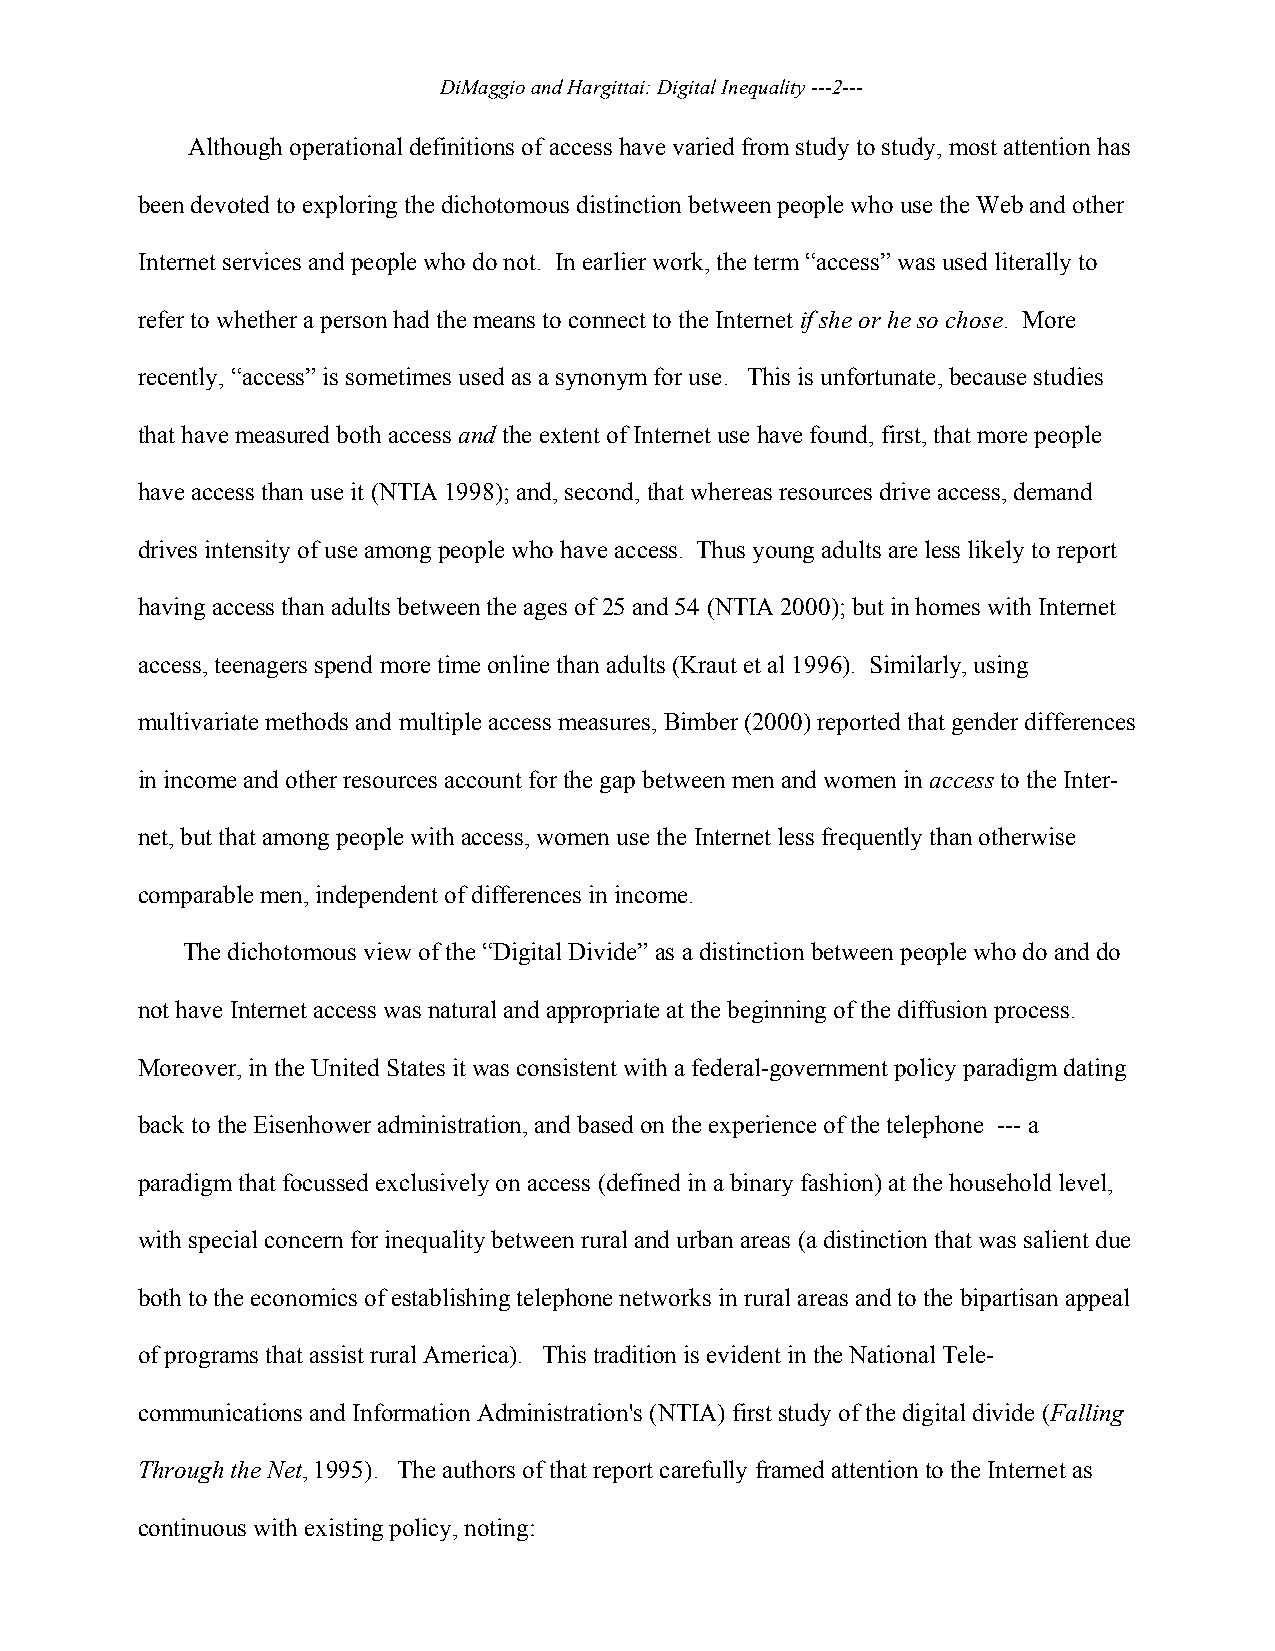
DiMaggio and Hargittai: Digital Inequality ---2---
 Although operational definitions of access have varied from study to study, most attention has
 been devoted to exploring the dichotomous distinction between people who use the Web and other
 Internet services and people who do not. In earlier work, the term “access” was used literally to
 refer to whether a person had the means to connect to the Internet if she or he so chose. More
 recently, “access” is sometimes used as a synonym for use. This is unfortunate, because studies
 that have measured both access and the extent of Internet use have found, first, that more people
 have access than use it (NTIA 1998); and, second, that whereas resources drive access, demand
 drives intensity of use among people who have access. Thus young adults are less likely to report
 having access than adults between the ages of 25 and 54 (NTIA 2000); but in homes with Internet
 access, teenagers spend more time online than adults (Kraut et al 1996). Similarly, using
 multivariate methods and multiple access measures, Bimber (2000) reported that gender differences
 in income and other resources account for the gap between men and women in access to the Inter-
 net, but that among people with access, women use the Internet less frequently than otherwise
 comparable men, independent of differences in income.
 The dichotomous view of the “Digital Divide” as a distinction between people who do and do
 not have Internet access was natural and appropriate at the beginning of the diffusion process.
 Moreover, in the United States it was consistent with a federal-government policy paradigm dating
 back to the Eisenhower administration, and based on the experience of the telephone --- a
 paradigm that focussed exclusively on access (defined in a binary fashion) at the household level,
 with special concern for inequality between rural and urban areas (a distinction that was salient due
 both to the economics of establishing telephone networks in rural areas and to the bipartisan appeal
 of programs that assist rural America). This tradition is evident in the National Tele-
 communications and Information Administration's (NTIA) first study of the digital divide (Falling
 Through the Net, 1995). The authors of that report carefully framed attention to the Internet as
 continuous with existing policy, noting: